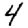
Digit: 4